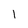
Character: l